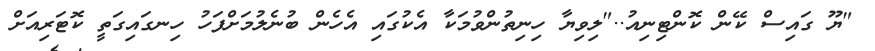
"ޔޫ ގައިސް ކޭން ކޮންޓިނިއު.."ލިވިޔާ ހިނިތުންވުމަކާ އެކުގައި އެހެން ބުނެލުމަށްފަހު ހިނގައިގަތީ ކޮޓަރިއަށް